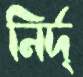
নির্দ্